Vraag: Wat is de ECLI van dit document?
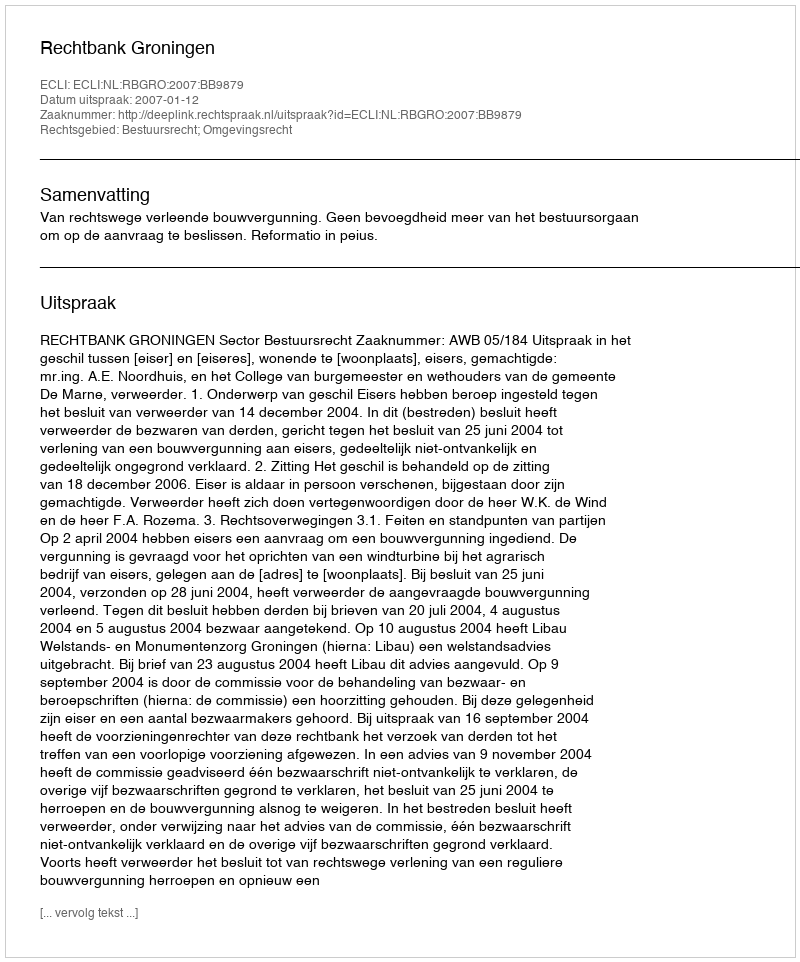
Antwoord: ECLI:NL:RBGRO:2007:BB9879